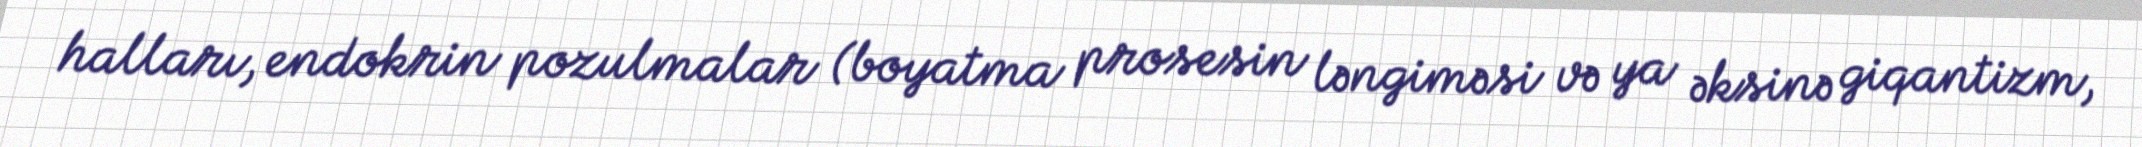
halları, endokrin pozulmalar (boyatma prosesin ləngiməsi və ya əksinə giqantizm,